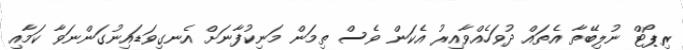
ރިޕޯޓް ނުލިބޭތާ އެތައް ދުވަހެއްވާއިރު އެކަން ވެސް ތިމަން މަނިކުފާނަށް އެނގިވަޑައިނުގަންނަވާ ކަމާއި